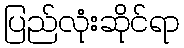
ပြည်လုံးဆိုင်ရာ